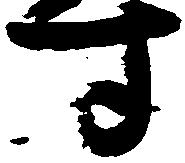
す